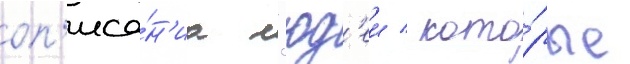
оп'иса́н'иа л'юд'еи / кото́рые